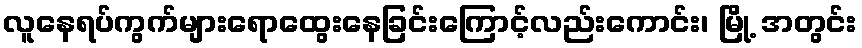
လူနေရပ်ကွက်များရောထွေးနေခြင်းကြောင့်လည်းကောင်း၊ မြို့ အတွင်း